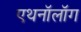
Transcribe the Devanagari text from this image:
एथनॉलॉग